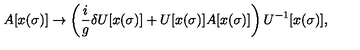
A [ x ( \sigma ) ] \rightarrow \left( \frac { i } { g } \delta U [ x ( \sigma ) ] + U [ x ( \sigma ) ] A [ x ( \sigma ) ] \right) U ^ { - 1 } [ x ( \sigma ) ] ,